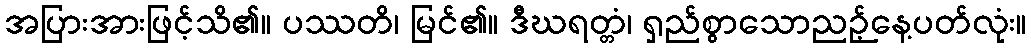
အပြားအားဖြင့်သိ၏။ ပဿတိ၊ မြင်၏။ ဒီဃရတ္တံ၊ ရှည်စွာသောညဉ့်နေ့ပတ်လုံး။